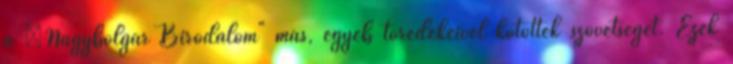
a „Nagybolgár Birodalom" más, egyéb töredékeivel kötöttek szövetséget. Ezek